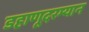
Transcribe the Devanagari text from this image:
डहाणूदरम्यान